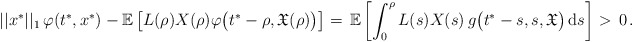
\begin{align*}\ ||x^*||_1\,\varphi(t^*,x^*) - \mathbb{E} \left[L(\rho)X(\rho)\varphi \big(t^*-\rho,\mathfrak{X}(\rho)\big)\right] =\, \mathbb{E} \left[\int_0^{\rho} L(s)X(s)\, g\big(t^*-s,s,\mathfrak{X}\big)\, \mathrm{d}s \right] >\, 0\,.\end{align*}